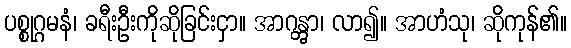
ပစ္စုဂ္ဂမနံ၊ ခရီးဦးကိုဆိုခြင်းငှာ။ အာဂန္တွာ၊ လာ၍။ အာဟံသု၊ ဆိုကုန်၏။